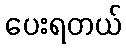
ပေးရတယ်